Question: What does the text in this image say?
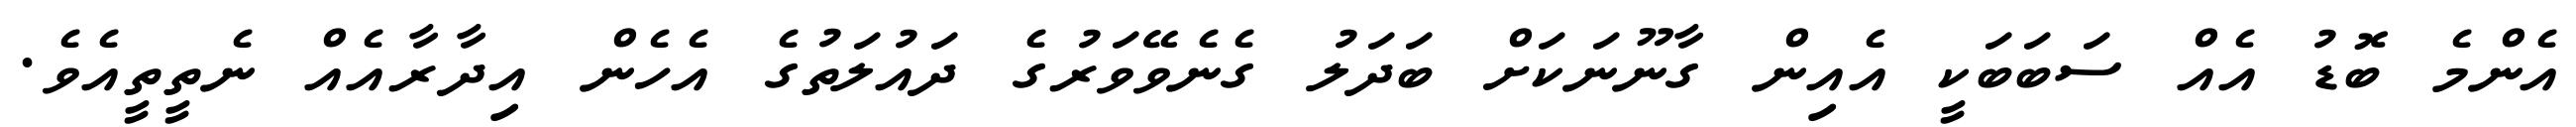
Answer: އެންމެ ބޮޑު އެއް ސަބަބަކީ އެއިން ގާނޫނަކަށް ބަދަލު ގެނެވޭވަރުގެ ދައުލަތުގެ އެހެން އިދާރާއެއް ނެތީތީއެވެ.